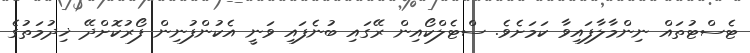
ޓެސްޓުތައް ނިންމާލާފައިވާ ކަމަށެވެ. ސްޓެލްކޯއިން ރޭގައި ބުނެފައި ވަނީ އެކުންފުނިން ފޯރުކޮށްދޭ ޚިދުމަތުގެ